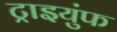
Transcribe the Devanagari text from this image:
ट्राइयुंफ